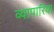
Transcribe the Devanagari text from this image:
व्‍यापारिया